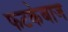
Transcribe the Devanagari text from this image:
फटकेबाज